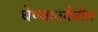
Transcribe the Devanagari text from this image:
घेण्यातयेतील